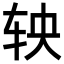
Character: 𬨄